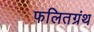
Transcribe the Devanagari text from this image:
फलितग्रंथ